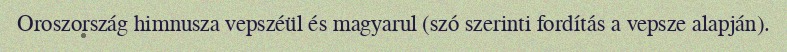
Oroszország himnusza vepszéül és magyarul (szó szerinti fordítás a vepsze alapján).